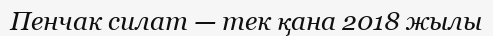
Пенчак силат — тек қана 2018 жылы